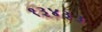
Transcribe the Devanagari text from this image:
१३४३३